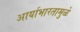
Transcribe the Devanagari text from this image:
आर्याभारतामुळे